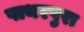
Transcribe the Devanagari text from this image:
पाथरपुरा